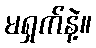
မရှက်နဲ့။